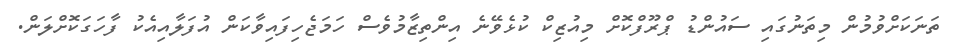
ތަނަކަށްވުމުން މިތަނުގައި ސައުންޑު ޕްރޫފްކޮށް މިއުޒިކް ކުޅެވޭނެ އިންތިޒާމުވެސް ހަމަޖެހިފައިވާކަން އުފަލާއިއެކު ފާހަގަކޮށްލަން.